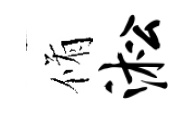
脩淞